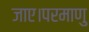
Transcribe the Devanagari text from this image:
जाए।परमाणु